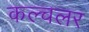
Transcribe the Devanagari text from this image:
कल्चलर